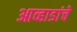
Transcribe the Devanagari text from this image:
आव्हाडांचे